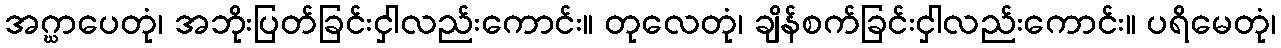
အဂ္ဃာပေတုံ၊ အဘိုးပြတ်ခြင်းငှါလည်းကောင်း။ တုလေတုံ၊ ချိန်စက်ခြင်းငှါလည်းကောင်း။ ပရိမေတုံ၊